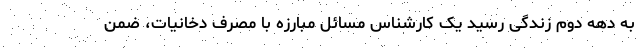
به دهه دوم زندگی رسید یک کارشناس مسائل مبارزه با مصرف دخانیات، ضمن